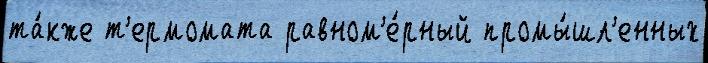
та́кже т'ермомата равном'е́рный промы́шл'енных